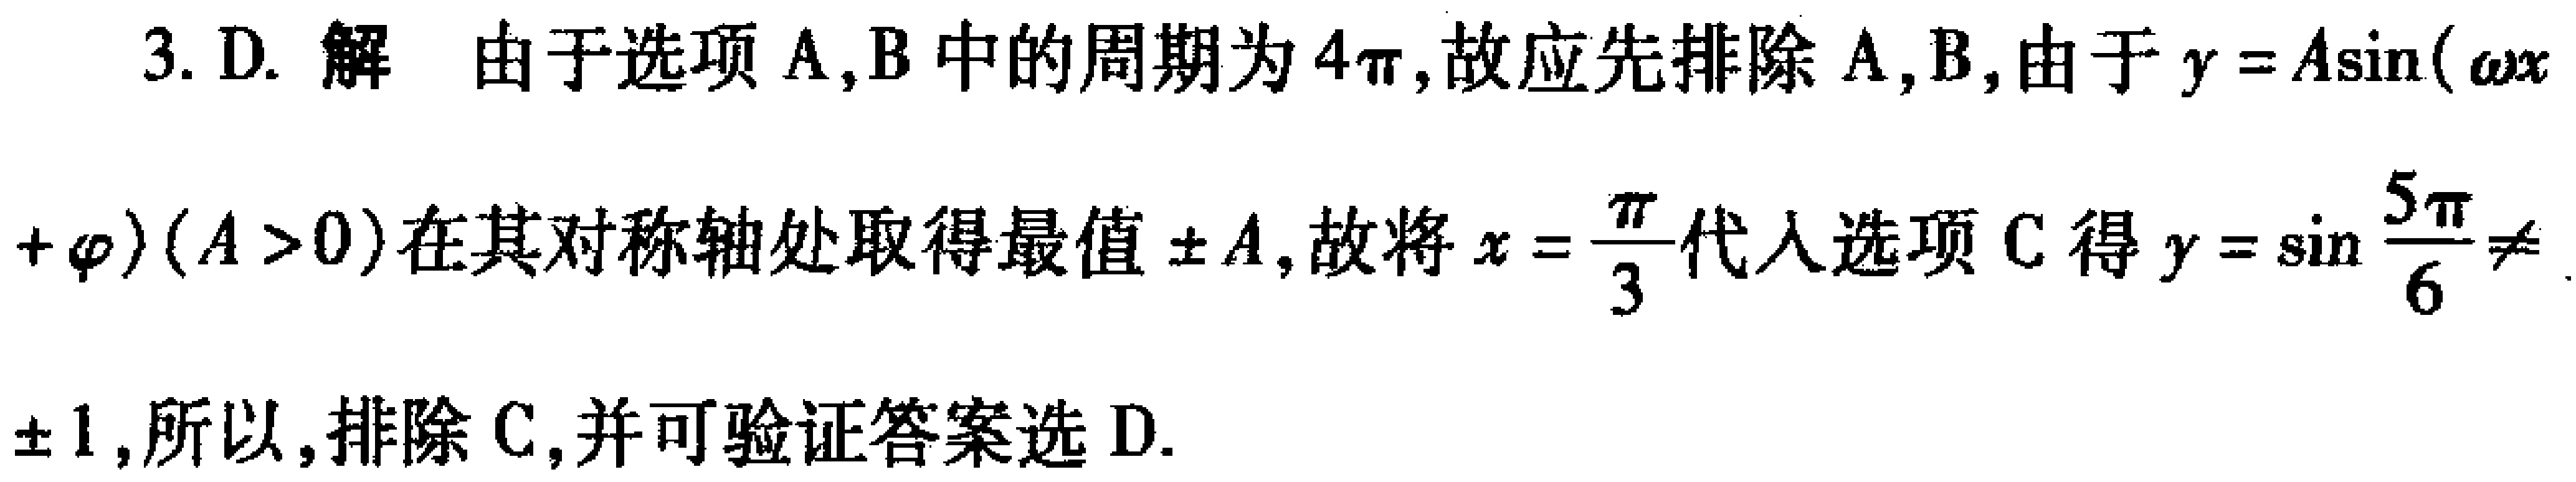
3. D. 解 由于选项A,B中的周期为\(4\pi\),故应先排除A,B,由于\(y = A\sin(\omega x+\varphi)(A > 0)\)在其对称轴处取得最值\(\pm A\),故将\(x = \frac{\pi}{3}\)代入选项C得\(y=\sin\frac{5\pi}{6}\neq\pm1\),所以,排除C,并可验证答案选D.